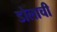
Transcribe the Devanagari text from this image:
डोलाची